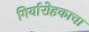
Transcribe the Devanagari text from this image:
गिर्यारोहकाचा